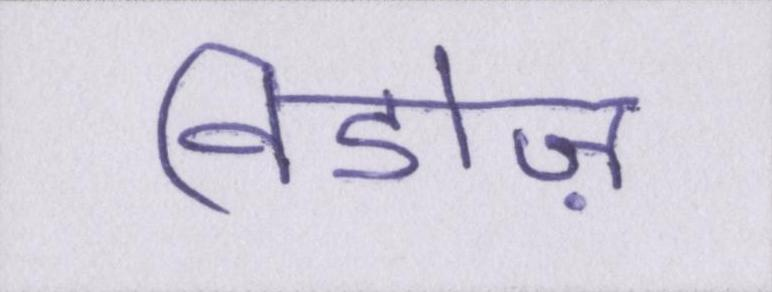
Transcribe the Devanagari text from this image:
विडोज़